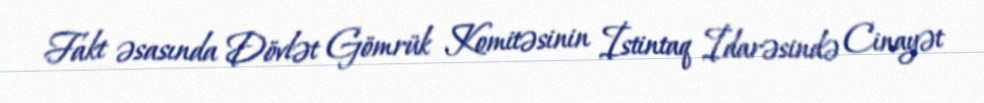
Fakt əsasında Dövlət Gömrük Komitəsinin İstintaq İdarəsində Cinayət